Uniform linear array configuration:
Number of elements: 4
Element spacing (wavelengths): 1
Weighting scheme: cosine
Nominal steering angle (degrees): -45
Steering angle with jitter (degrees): -45.061
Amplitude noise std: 0.05
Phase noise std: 0.05

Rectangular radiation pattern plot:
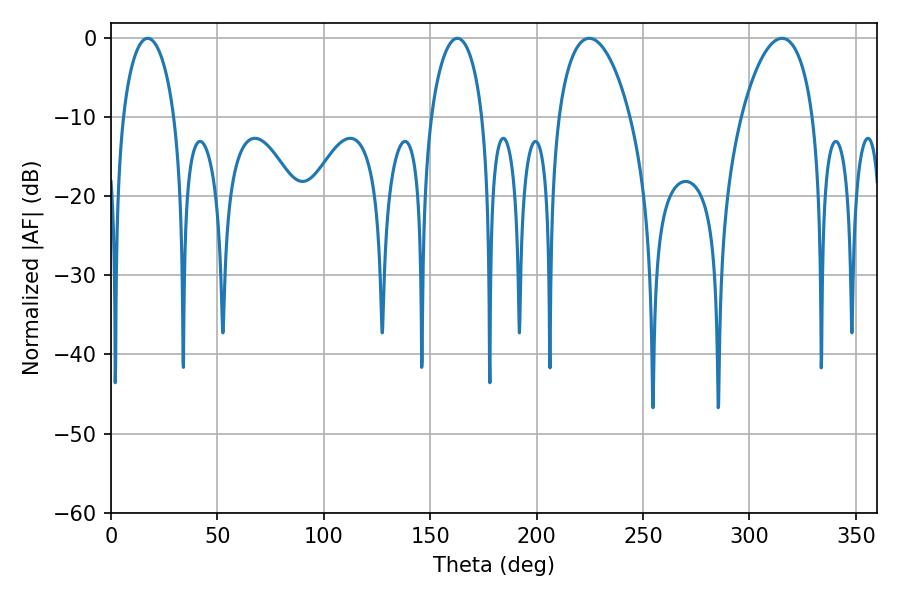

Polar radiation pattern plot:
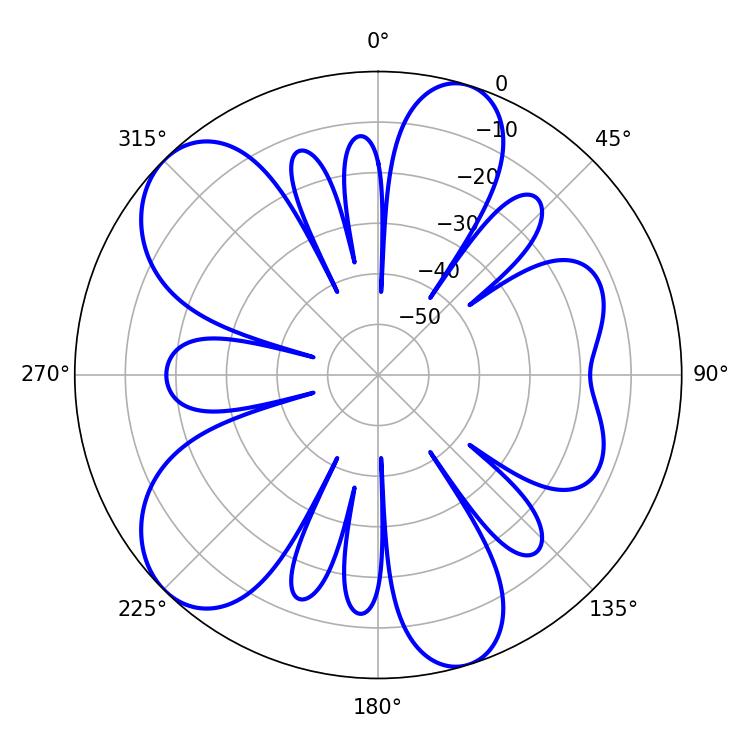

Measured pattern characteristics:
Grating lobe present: TRUE
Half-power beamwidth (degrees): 13.86
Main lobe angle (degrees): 17.28